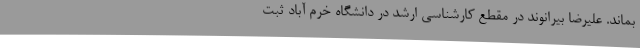
بماند. علیرضا بیرانوند در مقطع کارشناسی ارشد در دانشگاه خرم آباد ثبت